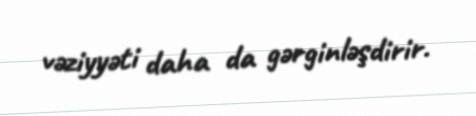
vəziyyəti daha da gərginləşdirir.